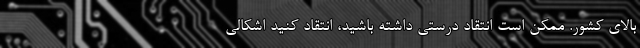
بالای کشور. ممکن است انتقاد درستی داشته باشید، انتقاد کنید اشکالی